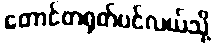
တောင်တရုတ်ပင်လယ်သို့